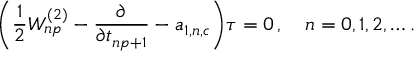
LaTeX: \biggl ( { \frac { 1 } { 2 } } W _ { n p } ^ { ( 2 ) } - { \frac { \partial } { \partial t _ { n p + 1 } } } - a _ { 1 , n , c } \biggr ) \tau = 0 \, , \quad n = 0 , 1 , 2 , \ldots .